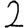
Digit: 2